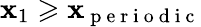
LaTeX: \mathbf{x}_{1}\geqslant\mathbf{x}_{\mathrm{{~p~e~r~i~o~d~i~c~}}}